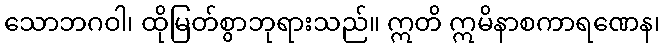
သောဘဂဝါ၊ ထိုမြတ်စွာဘုရားသည်။ ဣတိ ဣမိနာစကာရဏေန၊